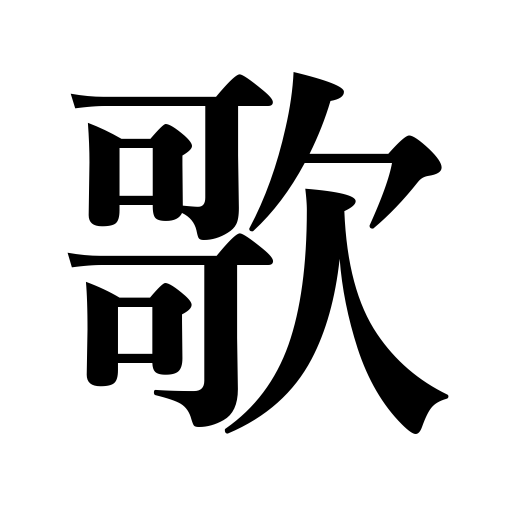
Meanings: recite,singing,carol,chant,poetry,poem,ballad,sing,tanka